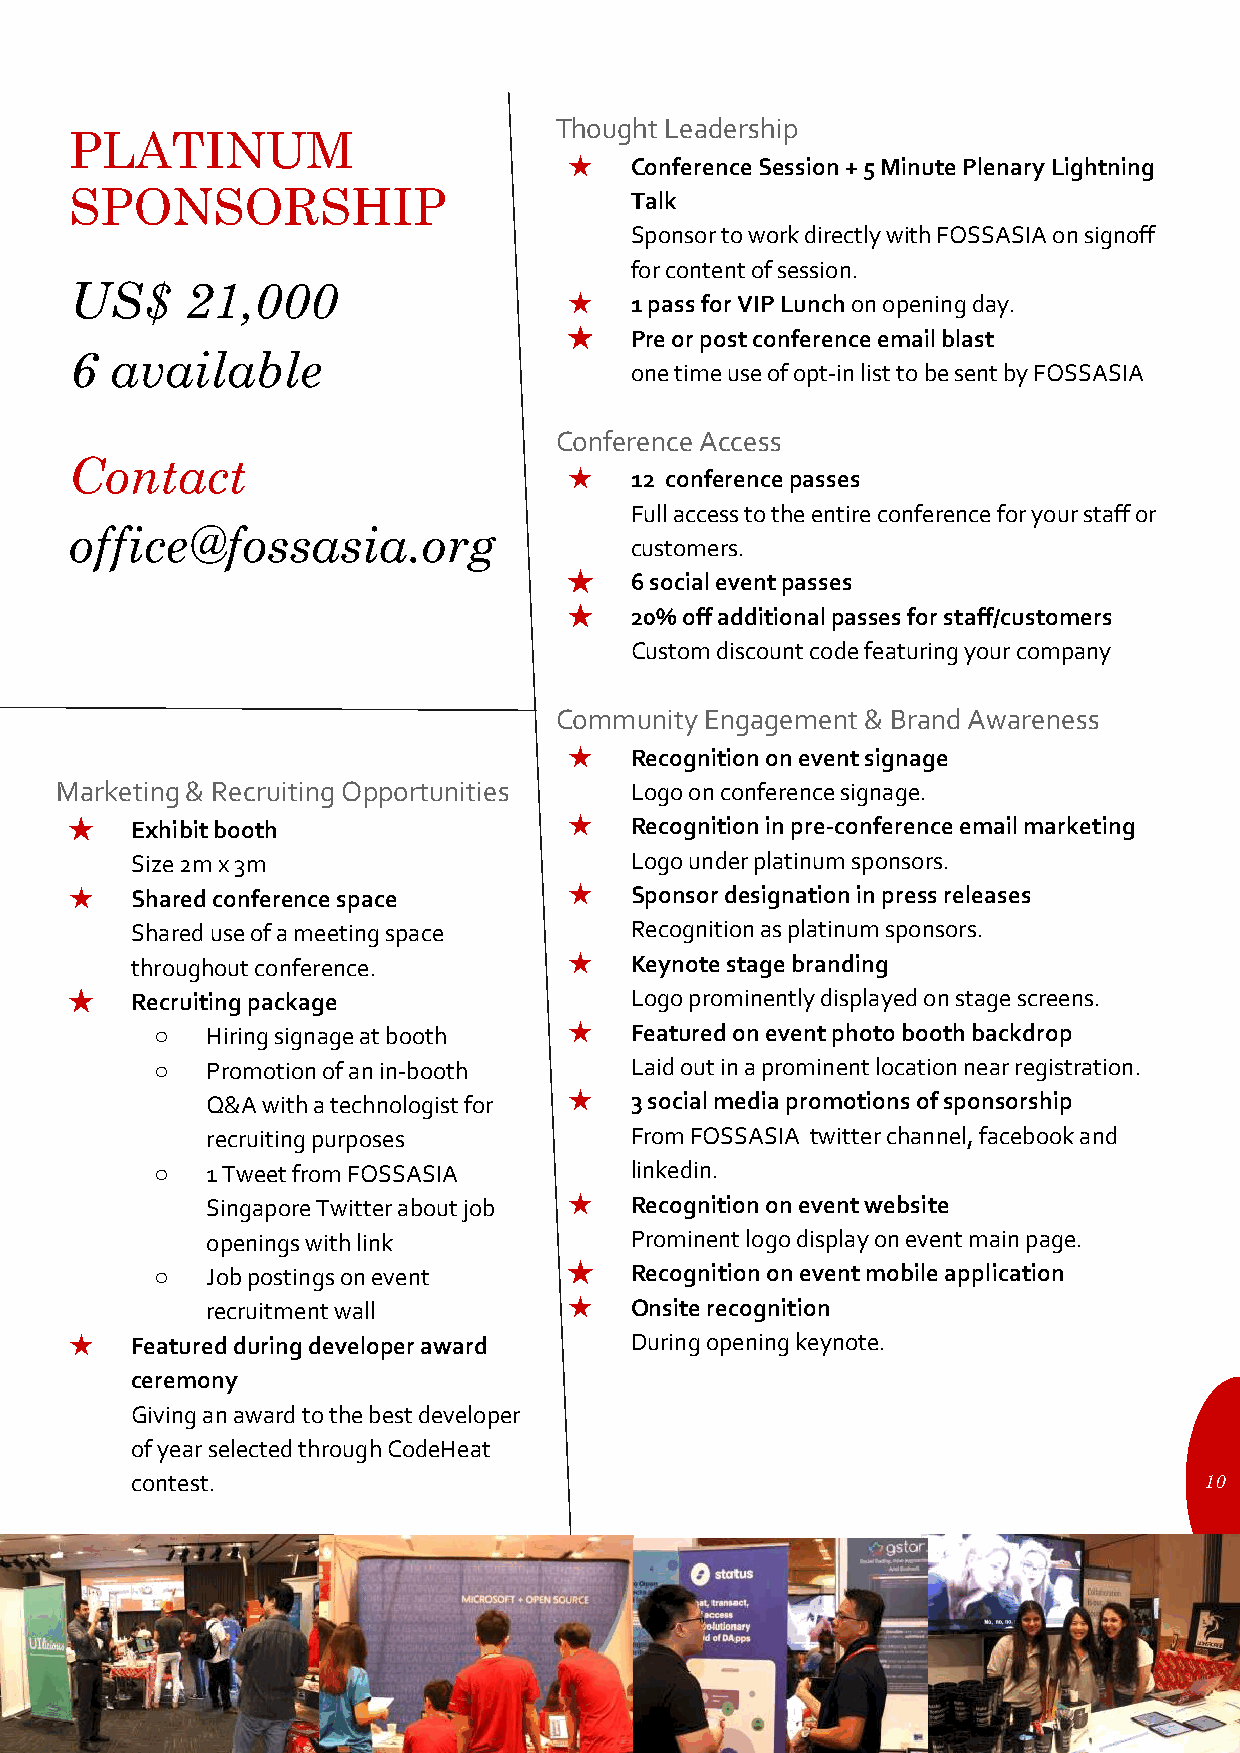
Thought Leadership
 PLATINUM
 ★   Conference Session + 5 Minute Plenary Lightning
 SPONSORSHIP                          Talk
 Sponsor to work directly with FOSSASIA on signoff
 for content of session.
 US$    21,000
 ★   1 pass for VIP Lunch on opening day.
 ★   Pre or post conference email blast
 6 available
 one time use of opt-in list to be sent by FOSSASIA
 Conference Access
 Contact
 ★   12 conference passes
 Full access to the entire conference for your staff or
 office@fossasia.org
 customers.
 ★   6 social event passes
 ★   20% off additional passes for staff/customers
 Custom discount code featuring your company
 Community Engagement & Brand Awareness
 ★   Recognition on event signage
 Marketing & Recruiting Opportunities  Logo on conference signage.
 ★   Exhibit booth                ★   Recognition in pre-conference email marketing
 Size 2m x 3m                     Logo under platinum sponsors.
 ★   Shared conference space      ★   Sponsor designation in press releases
 Shared use of a meeting space    Recognition as platinum sponsors.
 throughout conference.       ★   Keynote stage branding
 ★   Recruiting package               Logo prominently displayed on stage screens.
 ○   Hiring signage at booth ★   Featured on event photo booth backdrop
 ○   Promotion of an in-booth    Laid out in a prominent location near registration.
 Q&A with a technologist for ★ 3 social media promotions of sponsorship
 recruiting purposes         From FOSSASIA twitter channel, facebook and
 ○   1 Tweet from FOSSASIA       linkedin.
 Singapore Twitter about job ★ Recognition on event website
 openings with link          Prominent logo display on event main page.
 ○   Job postings on event   ★   Recognition on event mobile application
 recruitment wall        ★   Onsite recognition
 ★   Featured during developer award  During opening keynote.
 ceremony
 Giving an award to the best developer
 of year selected through CodeHeat
 contest.                                                               10